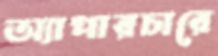
অ্যাপারচারে